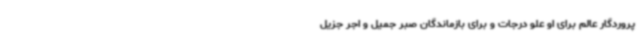
پروردگار عالم برای او علو درجات و برای بازماندگان صبر جمیل و اجر جزیل